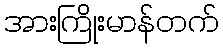
အားကြိုးမာန်တက်